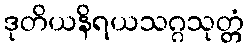
ဒုတိယနိရယသဂ္ဂသုတ္တံ